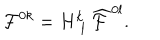
{ \cal F } ^ { 0 k } = H _ { \, \, l } ^ { k } \, { \cal \widehat { F } } ^ { 0 l } .